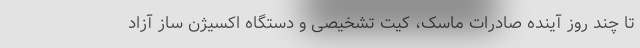
تا چند روز آینده صادرات ماسک، کیت تشخیصی و دستگاه اکسیژن ساز آزاد